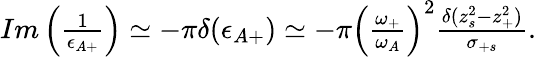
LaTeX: \begin{array}{r}{Im\left(\frac{1}{\epsilon_{A+}}\right)\simeq-\pi\delta(\epsilon_{A+})\simeq-\pi\left(\frac{\omega_{+}}{\omega_{A}}\right)^{2}\frac{\delta(z_{s}^{2}-z_{+}^{2})}{\sigma_{+s}}.}\end{array}